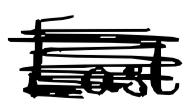
Text: East
Cross-out: scratch
Writing tool: digital_black